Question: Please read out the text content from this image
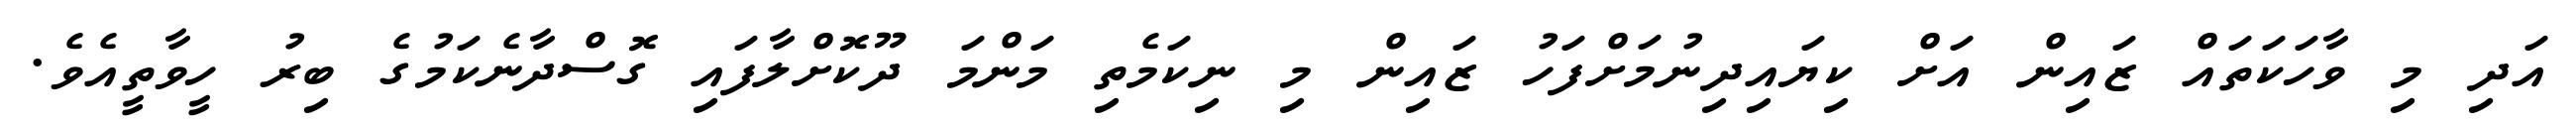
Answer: އަދި މި ވާހަކަތައް ޒައިން އަށް ކިޔައިދިނުމަށްފަހު ޒައިން މި ނިކަމެތި މަންމަ ދޫކޮށްލާފައި ގޮސްދާނެކަމުގެ ބިރު ހީވާތީއެވެ.